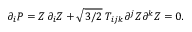
\partial _ { i } P = Z \, \partial _ { i } Z + \sqrt { 3 / 2 } \; T _ { i j k } \partial ^ { j } Z \partial ^ { k } Z = 0 .